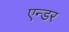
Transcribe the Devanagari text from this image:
एन्डर